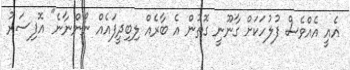
އެއީ އެއްވެސް ފުލުހަކަށް ގާނޫނީ ގޮތުން އެ ބާރެއް ލިބިދީފައެއް ނޯންނާނެ" އޮފިސަރު